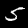
Digit: 5